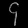
Digit: ၄